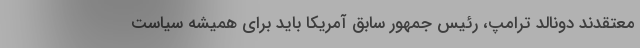
معتقدند دونالد ترامپ، رئیس جمهور سابق آمریکا باید برای همیشه سیاست